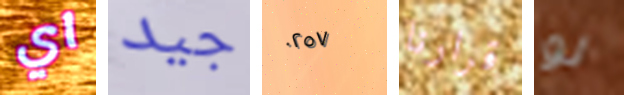
اي جيد ٠٢٥٧ قرارنا لو